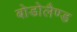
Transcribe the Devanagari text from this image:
बोडोलैण्ड